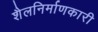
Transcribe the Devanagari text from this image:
शैलनिर्माणकारी